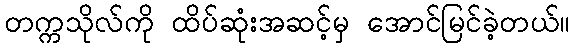
တက္ကသိုလ်ကို ထိပ်ဆုံးအဆင့်မှ အောင်မြင်ခဲ့တယ်။